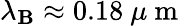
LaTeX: \lambda_{\mathbf{B}}\approx0.18\mathrm{{~}}\mu\mathrm{{~m~}}